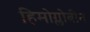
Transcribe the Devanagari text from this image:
हिमोग्लोबीन